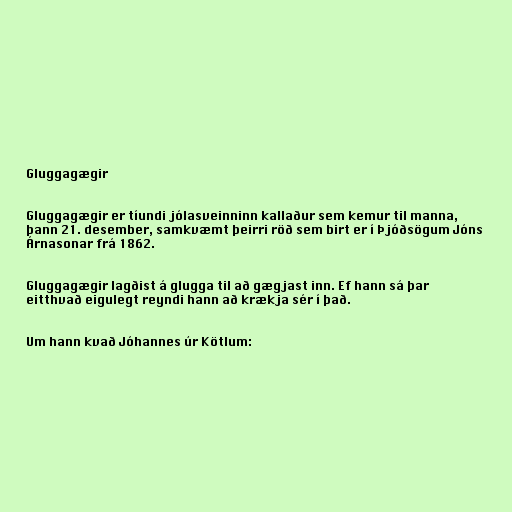
Gluggagægir

Gluggagægir er tíundi jólasveinninn kallaður sem kemur til manna,
þann 21. desember, samkvæmt þeirri röð sem birt er í Þjóðsögum Jóns
Árnasonar frá 1862.

Gluggagægir lagðist á glugga til að gægjast inn. Ef hann sá þar
eitthvað eigulegt reyndi hann að krækja sér í það.

Um hann kvað Jóhannes úr Kötlum: